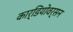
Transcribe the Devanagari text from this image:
कार्डियोवर्सन